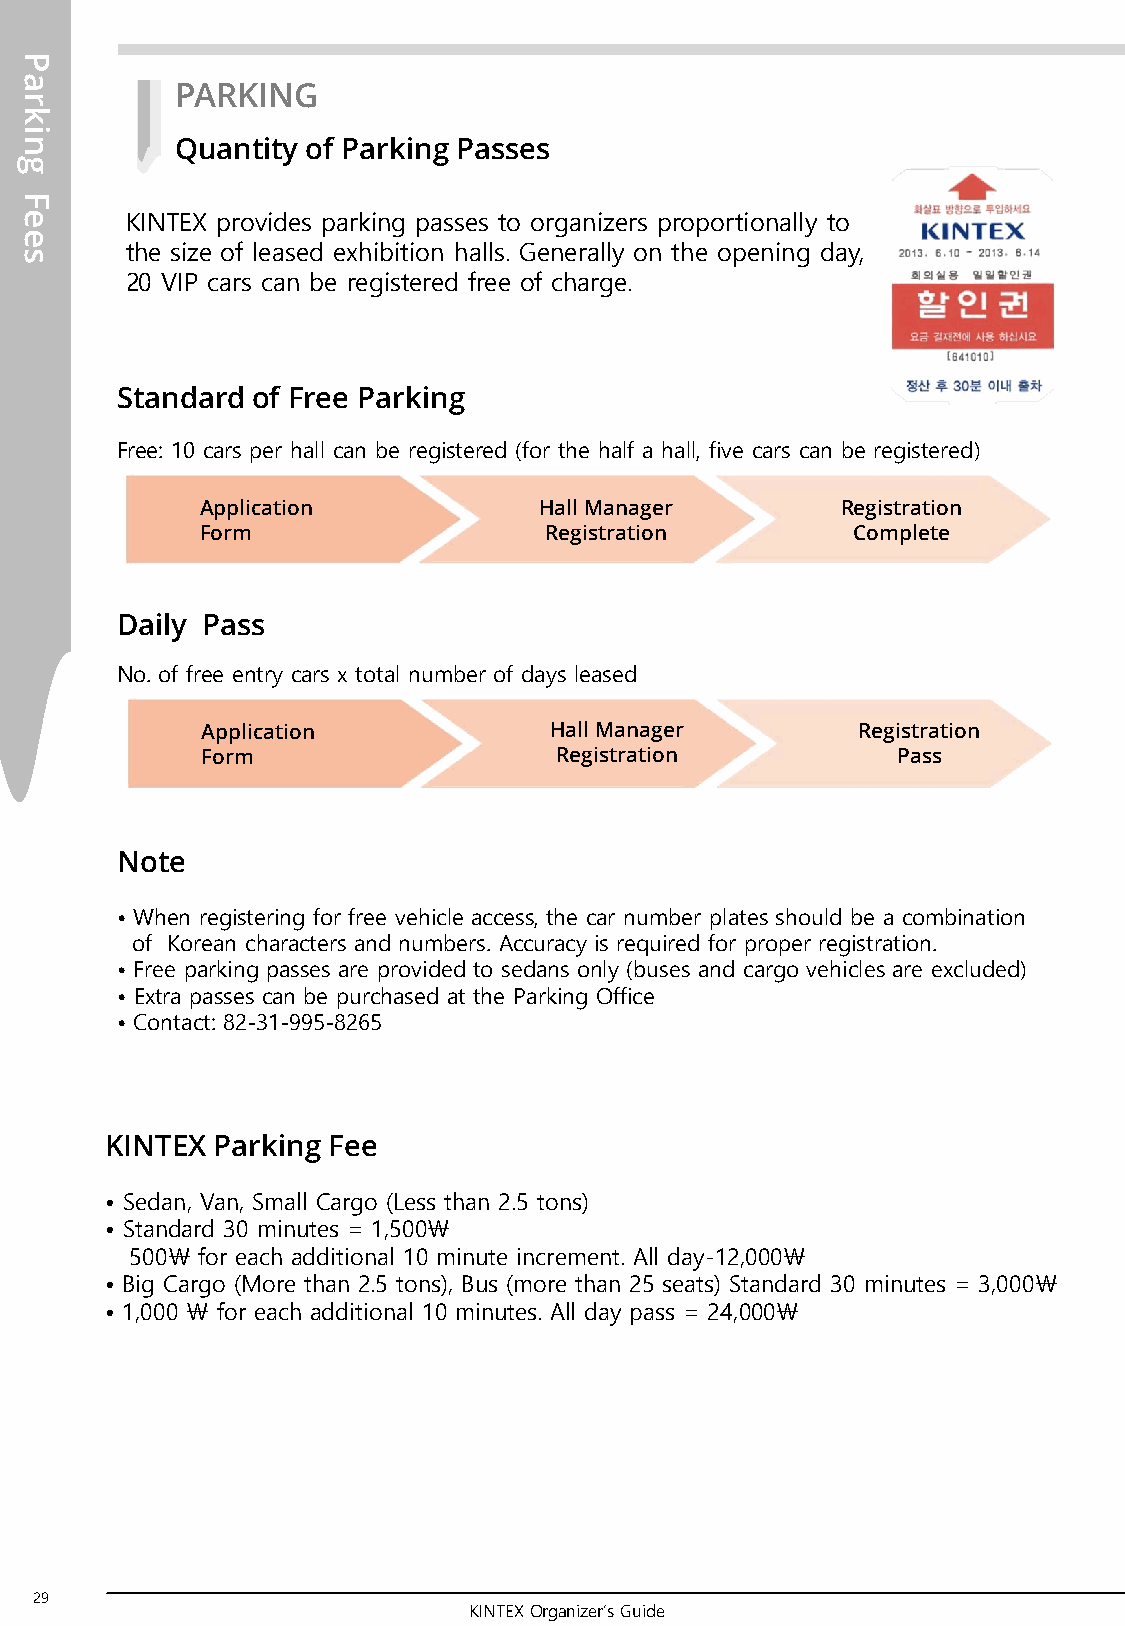
P
 a
 PARKING
 r
 k
 i
 n          Quantity of Parking Passes
 g
 F
 e      KINTEX provides parking passes to organizers proportionally to
 e
 the size of leased exhibition halls. Generally on the opening day,
 s
 20 VIP cars can be registered free of charge.
 Standard of Free Parking
 Free: 10 cars per hall can be registered (for the half a hall, five cars can be registered)
 Application            Hall Manager        Registration
 Form                   Registration        Complete
 Daily Pass
 No. of free entry cars x total number of days leased
 Application            Hall Manager         Registration
 Form                    Registration          Pass
 Note
 • When registering for free vehicle access, the car number plates should be a combination
 of Korean characters and numbers. Accuracy is required for proper registration.
 • Free parking passes are provided to sedans only (buses and cargo vehicles are excluded)
 • Extra passes can be purchased at the Parking Office
 • Contact: 82-31-995-8265
 KINTEX Parking Fee
 • Sedan, Van, Small Cargo (Less than 2.5 tons)
 • Standard 30 minutes = 1,500￦
 500￦ for each additional 10 minute increment. All day-12,000￦
 • Big Cargo (More than 2.5 tons), Bus (more than 25 seats) Standard 30 minutes = 3,000￦
 • 1,000 ￦ for each additional 10 minutes. All day pass = 24,000￦
 29
 KINTEX Organizer’s Guide